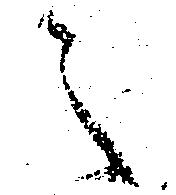
之